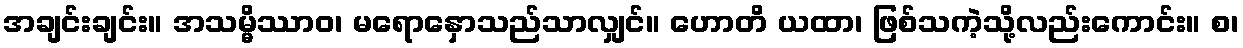
အချင်းချင်း။ အသမ္မိဿာဝ၊ မရောနှောသည်သာလျှင်။ ဟောတိ ယထာ၊ ဖြစ်သကဲ့သို့လည်းကောင်း။ စ၊